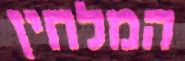
המלחין